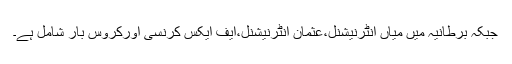
جبکہ برطانیہ میں میاں انٹرنیشنل،عثمان انٹرنیشنل،ایف ایکس کرنسی اورکروس بار شامل ہے۔